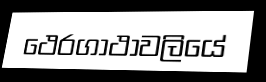
ථෙරගාථාවලියේ